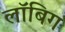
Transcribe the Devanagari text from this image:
लॉबिग